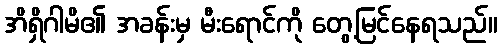
အိရှိဂါမိ၏ အခန်းမှ မီးရောင်ကို တွေ့မြင်နေရသည်။